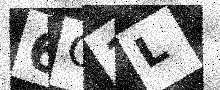
Text: 6O1L